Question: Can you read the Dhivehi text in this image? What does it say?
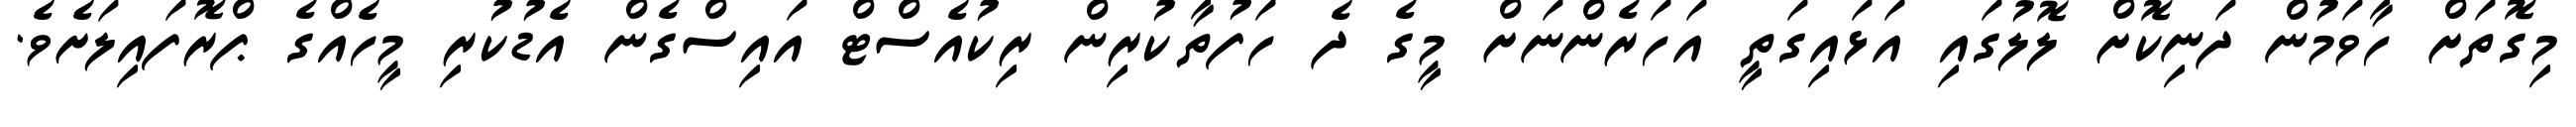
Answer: މިގޮތަށް ހާވަމުން ދަނިކޮށް ލޮލުގައި އަޅައިގަތީ އަހަރެންނަށް މީގެ ދެ ހަފުތާކުރިން ރިކުއެސްޓް އައިސްގެން އެޑުކުރި މީހެއްގެ ޕްރޮފައިލަށެވެ.